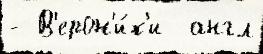
- В'ерон'и́к'и  англ